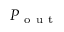
P _ { \mathrm { ~ o ~ u ~ t ~ } }